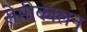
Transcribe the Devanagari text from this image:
सेमीकालन